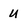
Character: U